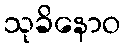
သုခိနောဝ